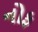
નોફ